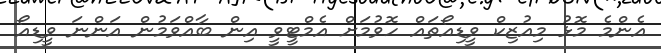
އެންމެ މޮޅު މިއުޒިކް ވީޑިއޯތައް ހޮވުމަށް އެމްޓީވީ އިން ބާއްވަމުން އަންނަ ވީޑިއޯ